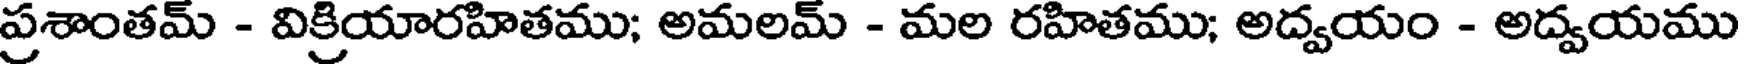
ప్రశాంతమ్ - విక్రియారహితము; అమలమ్ - మల రహితము; అద్వయం - అద్వయము